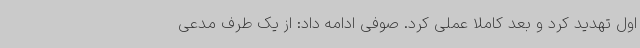
اول تهدید کرد و بعد کاملا عملی کرد. صوفی ادامه داد: از یک طرف مدعی